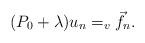
LaTeX: \begin{align*} (P_0 + \lambda) u_n = _v \vec f_n.\end{align*}